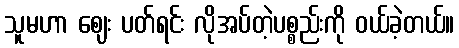
သူမဟာ ဈေး ပတ်ရင်း လိုအပ်တဲ့ပစ္စည်းကို ဝယ်ခဲ့တယ်။